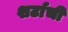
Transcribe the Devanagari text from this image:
शर्टाची